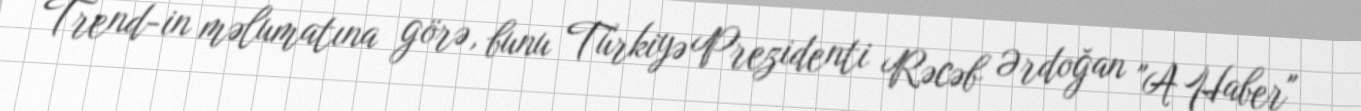
Trend-in məlumatına görə, bunu Türkiyə Prezidenti Rəcəb Ərdoğan "A Haber"